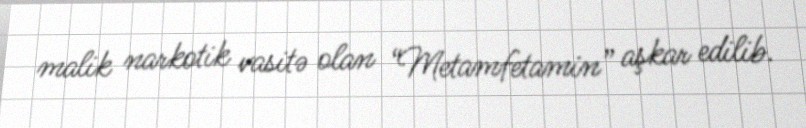
malik narkotik vasitə olan “Metamfetamin” aşkar edilib.